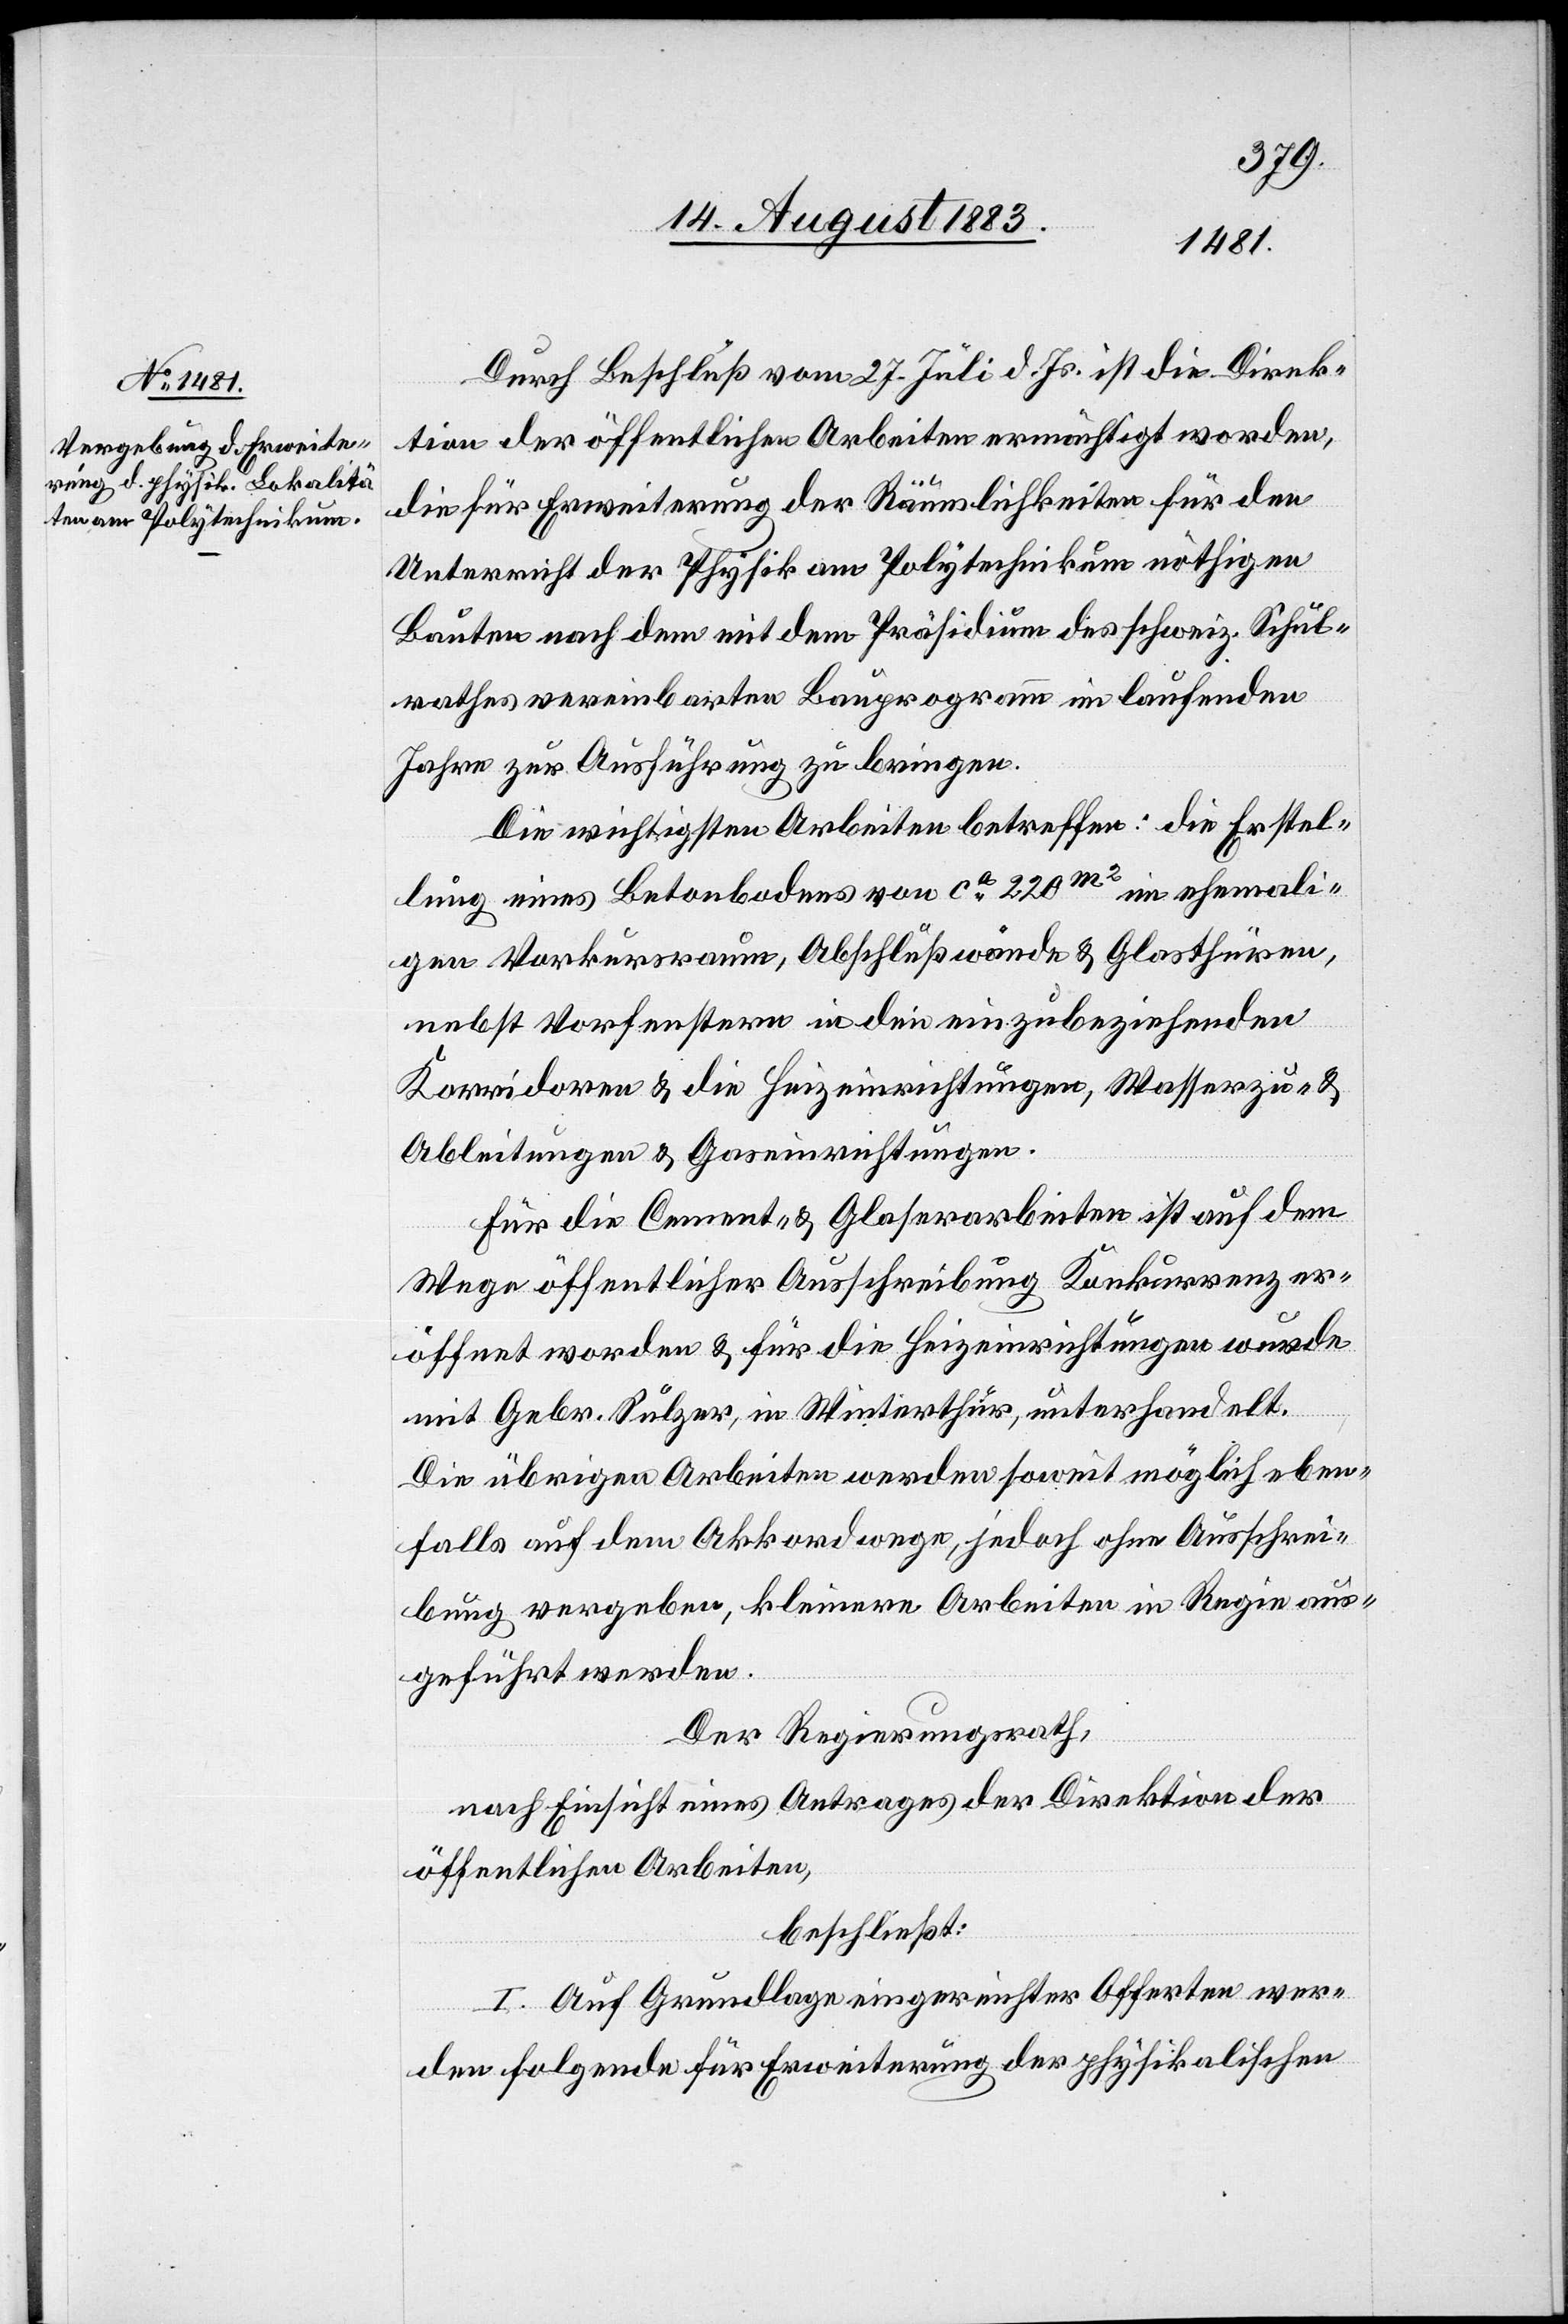
Durch Beschluß vom 27. Juli d. Js. ist die Direk¬
tion der öffentlichen Arbeiten ermächtigt worden,
die für Erweiterung der Räumlichkeiten für den
Unterricht der Physik am Polytechnikum nöthigen
Bauten nach dem mit dem Präsidium des schweiz. Schul¬
rathes vereinbarten Bauprogramm im laufenden
Jahre zur Ausführung zu bringen.
Die wichtigsten Arbeiten betreffen: die Erstel¬
lung eines Betonbodens von ca 220m2 im ehemali¬
gen Vorkursraum, Abschlußwände & Glasthüren,
nebst Vorfenstern in den einzubeziehenden
Korridoren & die Heizeinrichtungen, Wasserzu- &
Ableitungen & Gaseinrichtungen.
Für die Cement- & Glaserarbeiten ist auf dem
Wege öffentlicher Ausschreibung Konkurrenz er¬
öffnet worden & für die Heizeinrichtungen wurde
mit Gebr. Sulzer, in Winterthur, unterhandelt.
Die übrigen Arbeiten werden soweit möglich eben¬
falls auf dem Akkordwege, jedoch ohne Ausschrei¬
bung vergeben, kleinere Arbeiten in Regie aus¬
geführt werden.
Der Regierungsrath,
nach Einsicht eines Antrages der Direktion der
öffentlichen Arbeiten,
beschließt:
I. Auf Grundlage eingereichter Offerten wer¬
den folgende für Erweiterung der physikalischen